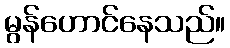
မွန်ဟောင်နေသည်။